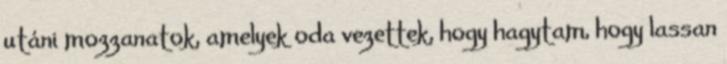
utáni mozzanatok, amelyek oda vezettek, hogy hagytam, hogy lassan